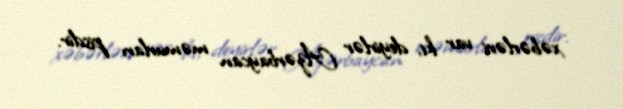
xəbərləri var ki, deyirlər Azərbaycan məmurları pisdir.